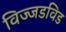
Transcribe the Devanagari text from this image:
विज्जडविड